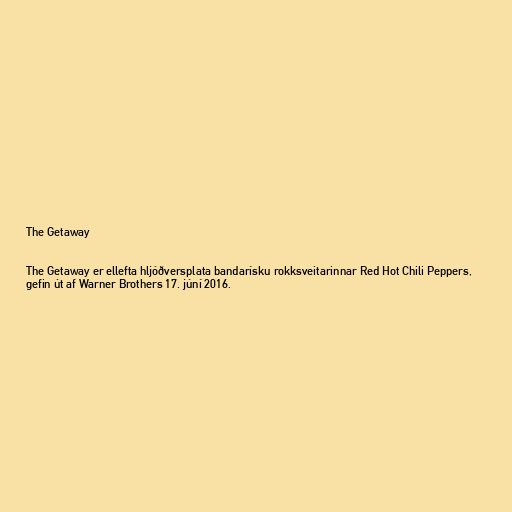
The Getaway

The Getaway er ellefta hljóðversplata bandarísku rokksveitarinnar Red Hot Chili Peppers,
gefin út af Warner Brothers 17. júní 2016.